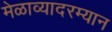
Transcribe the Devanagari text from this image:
मेळाव्यादरम्यान